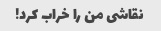
نقاشی من را خراب کرد!